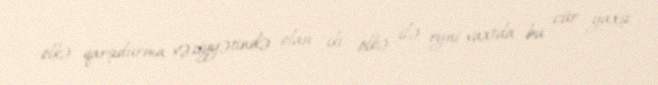
ölkə qarşıdurma vəziyyətində olan iki ölkə ilə eyni vaxtda bu cür yaxşı